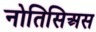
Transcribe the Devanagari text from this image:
नोतिसिअस